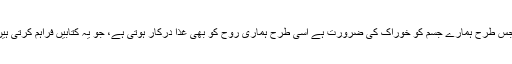
"جس طرح ہمارے جسم کو خوراک کی ضرورت ہے اسی طرح ہماری روح کو بھی غذا درکار ہوتی ہے، جو یہ کتابیں فراہم کرتی ہیں۔